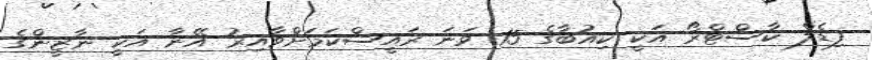
ފިޑެލް ކާސްޓްރޯ އަކީ ކިއުބާގެ 15 ވަނަ ރައީސްކަމަށްވާއިރު އޭނާ އަކީ ނާޒީންގެ